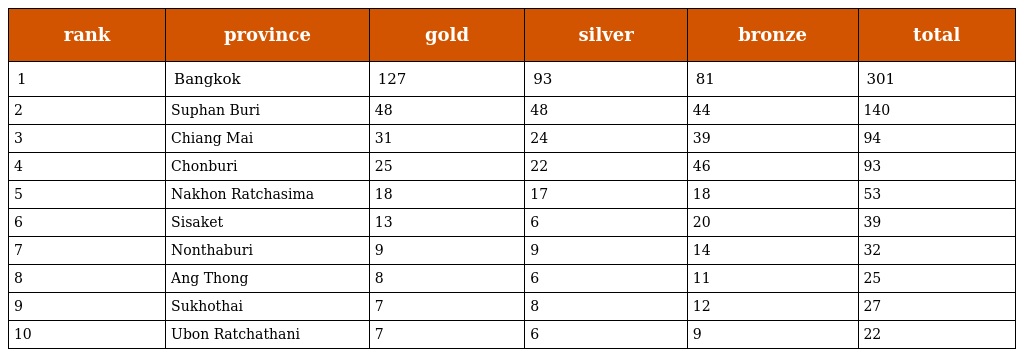
| rank | province | gold | silver | bronze | total |
 | --- | --- | --- | --- | --- | --- |
 | 1 | Bangkok | 127 | 93 | 81 | 301 |
 | 2 | Suphan Buri | 48 | 48 | 44 | 140 |
 | 3 | Chiang Mai | 31 | 24 | 39 | 94 |
 | 4 | Chonburi | 25 | 22 | 46 | 93 |
 | 5 | Nakhon Ratchasima | 18 | 17 | 18 | 53 |
 | 6 | Sisaket | 13 | 6 | 20 | 39 |
 | 7 | Nonthaburi | 9 | 9 | 14 | 32 |
 | 8 | Ang Thong | 8 | 6 | 11 | 25 |
 | 9 | Sukhothai | 7 | 8 | 12 | 27 |
 | 10 | Ubon Ratchathani | 7 | 6 | 9 | 22 |